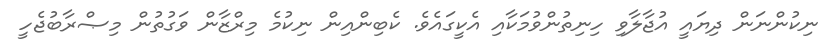
ނިކުންނަން ދިޔައީ އުޖާލާވި ހިނިތުންވުމަކާއި އެކީގައެވެ. ކެބިންއިން ނިކުމެ މިރްޒާން ވަގުތުން މިޞްރާބުޖެހީ